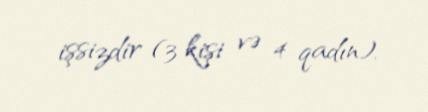
işsizdir (3 kişi və 4 qadın).